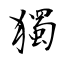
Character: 獨